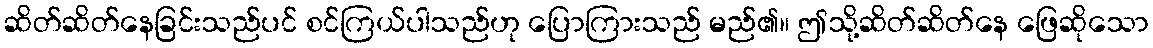
ဆိတ်ဆိတ်နေခြင်းသည်ပင် စင်ကြယ်ပါသည်ဟု ပြောကြားသည် မည်၏။ ဤသို့ဆိတ်ဆိတ်နေ ဖြေဆိုသော